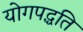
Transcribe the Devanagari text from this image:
योगपद्धति